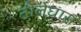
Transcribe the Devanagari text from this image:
नीलेघास